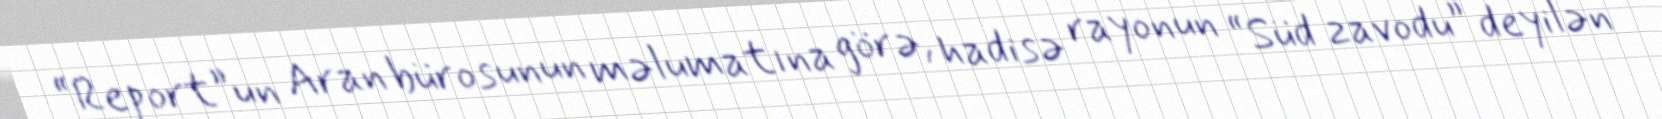
“Report”un Aran bürosunun məlumatına görə, hadisə rayonun “Süd zavodu” deyilən